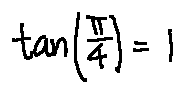
\tan ( \frac { \pi } { 4 } ) = 1